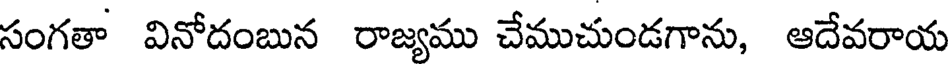
సంగతా వినోదంబున రాజ్యము చేముచుండగాను, ఆదేవరాయ